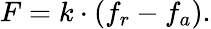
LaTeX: F=k\cdot(f_{r}-f_{a}).